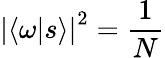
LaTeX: \left|\langle\omega|s\rangle\right|^{2}={\frac{1}{N}}